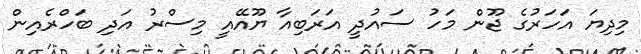
މިދިޔަ އަހަރުގެ ޖޫން މަހު ސައުދީ އަރަބިއާ ޔޫއޭއީ މިސްރު އަދި ބަހްރެއިން